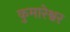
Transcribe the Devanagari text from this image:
कुमारेश्वर